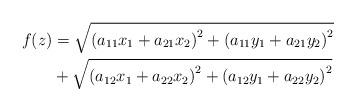
LaTeX: \begin{align*}f(z) & =\sqrt{\left( a_{11}x_{1}+a_{21}x_{2}\right) ^{2}+\left(a_{11}y_{1}+a_{21}y_{2}\right) ^{2}}\\& +\sqrt{\left( a_{12}x_{1}+a_{22}x_{2}\right) ^{2}+\left( a_{12}y_{1}+a_{22}y_{2}\right) ^{2}}\end{align*}